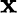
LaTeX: \textbf{x}